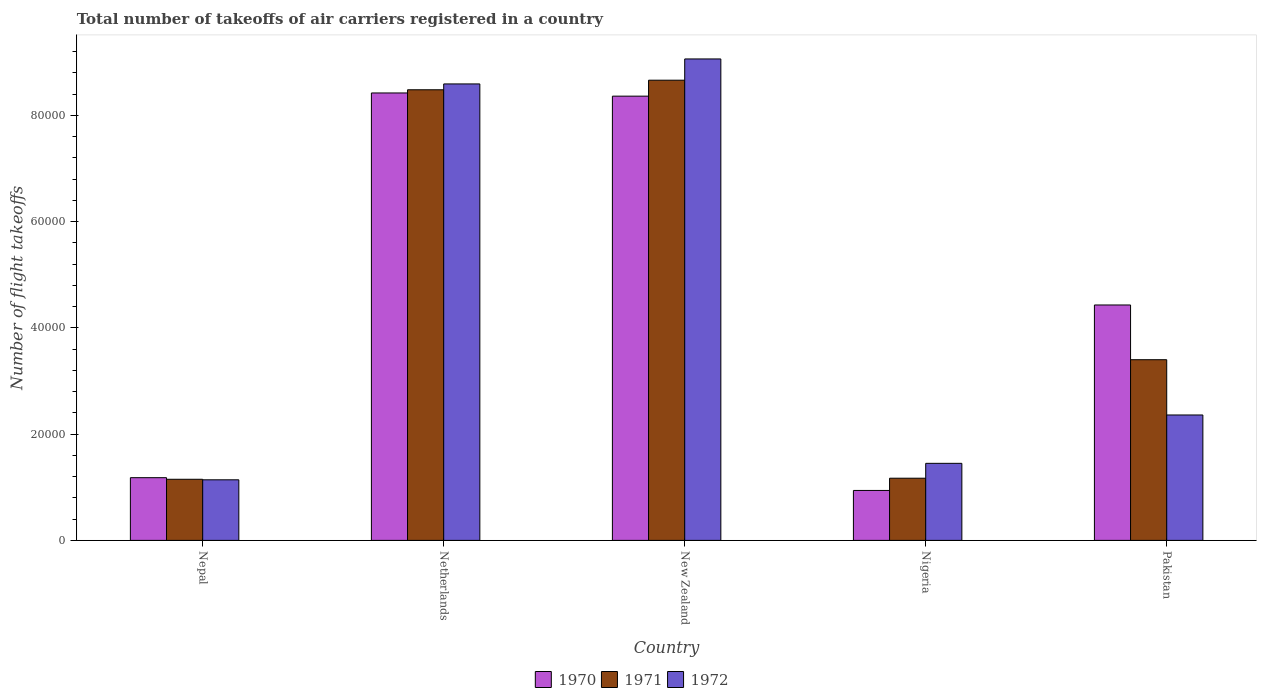
| Country | 1970 | 1971 | 1972 |
 | --- | --- | --- | --- |
 | Nepal | 1.18e+04 | 1.15e+04 | 1.14e+04 |
 | Netherlands | 8.42e+04 | 8.48e+04 | 8.59e+04 |
 | New Zealand | 8.36e+04 | 8.66e+04 | 9.06e+04 |
 | Nigeria | 9.4e+03 | 1.17e+04 | 1.45e+04 |
 | Pakistan | 4.43e+04 | 3.4e+04 | 2.36e+04 |